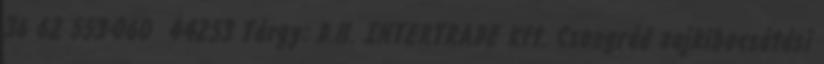
36 62 553-060 44253 Tárgy: D.H. INTERTRADE Kft. Csongrád zajkibocsátási